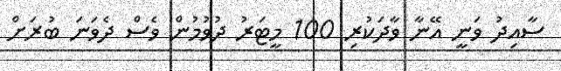
ސާއިދު ވަނީ އޭނާ ވާދަކުރި 100 މީޓަރު ދުވުމުން ވެސް ދެވަނަ ބުރަށް